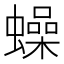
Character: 𧒮